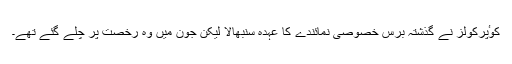
کوٴپرکولز نے گذشتہ برس خصوصی نمائندے کا عہدہ سنبھالا لیکن جون میں وہ رخصت پر چلے گئے تھے۔